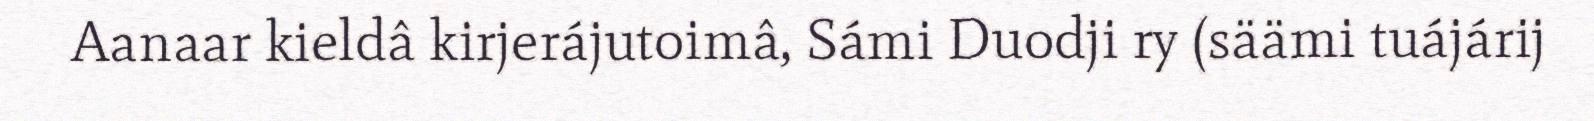
Aanaar kieldâ kirjerájutoimâ, Sámi Duodji ry (säämi tuájárij